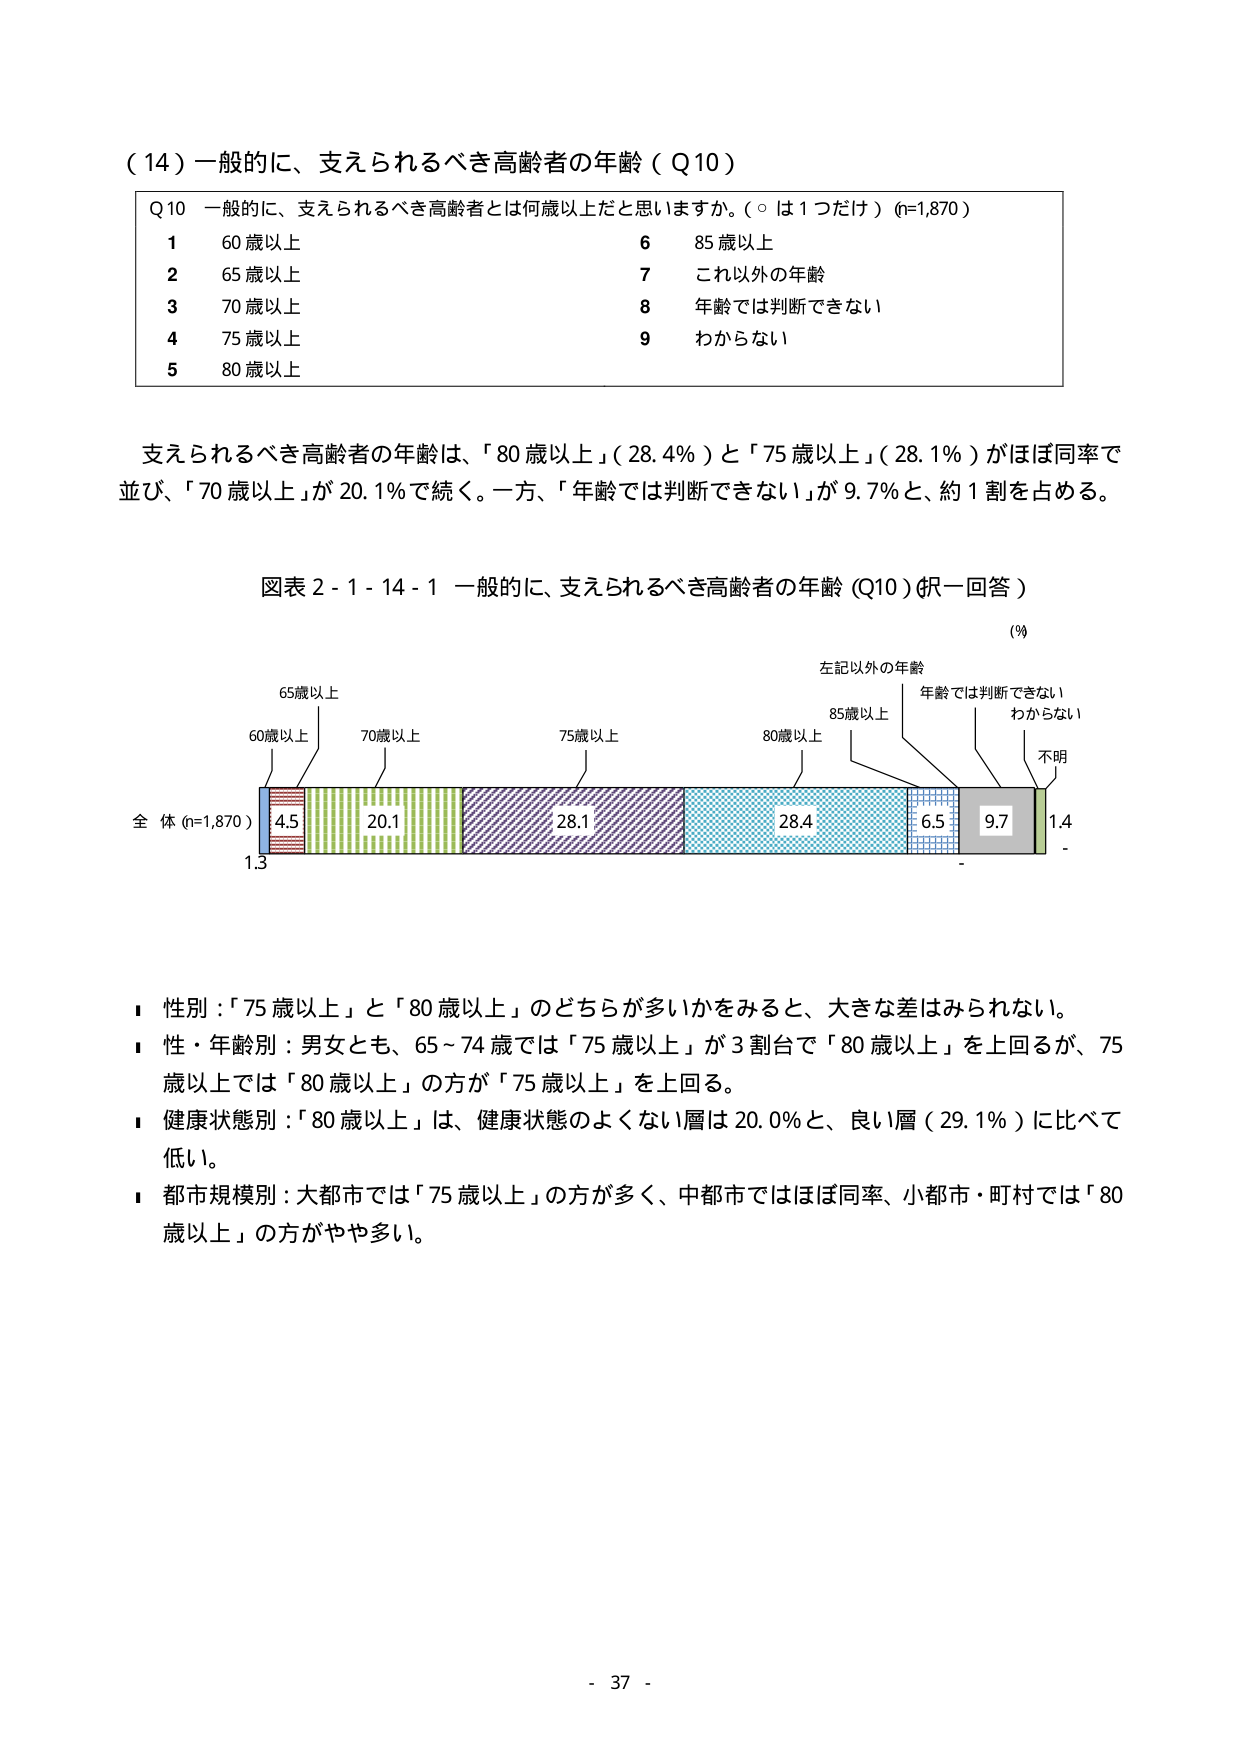
（14）一般的に、支えられるべき高齢者の年齢（Q10）

Q10 一般的に、支えられるべき高齢者とは何歳以上だと思いますか。（○は1つだけ）(n=1,870)
1 60歳以上
2 65歳以上
3 70歳以上
4 75歳以上
5 80歳以上
6 85歳以上
7 これ以外の年齢
8 年齢では判断できない
9 わからない

支えられるべき高齢者の年齢は、「80歳以上」（28.4％）と「75歳以上」（28.1％）がほぼ同率で並び、「70歳以上」が20.1％で続く。一方、「年齢では判断できない」が9.7％と、約1割を占める。

図表2-1-14-1 一般的に、支えられるべき高齢者の年齢（Q10）（択一回答）

（％）
左記以外の年齢
年齢では判断できない
わからない
不明
85歳以上
80歳以上
75歳以上
70歳以上
65歳以上
60歳以上
全体（n=1,870）
4.5
20.1
28.1
28.4
6.5
9.7
1.4
1.3
-

■ 性別：「75歳以上」と「80歳以上」のどちらが多いかをみると、大きな差はみられない。
■ 性・年齢別：男女とも、65～74歳では「75歳以上」が3割台で「80歳以上」を上回るが、75歳以上では「80歳以上」の方が「75歳以上」を上回る。
■ 健康状態別：「80歳以上」は、健康状態のよくない層は20.0％と、良い層（29.1％）に比べて低い。
■ 都市規模別：大都市では「75歳以上」の方が多く、中都市ではほぼ同率、小都市・町村では「80歳以上」の方がやや多い。

- 37 -